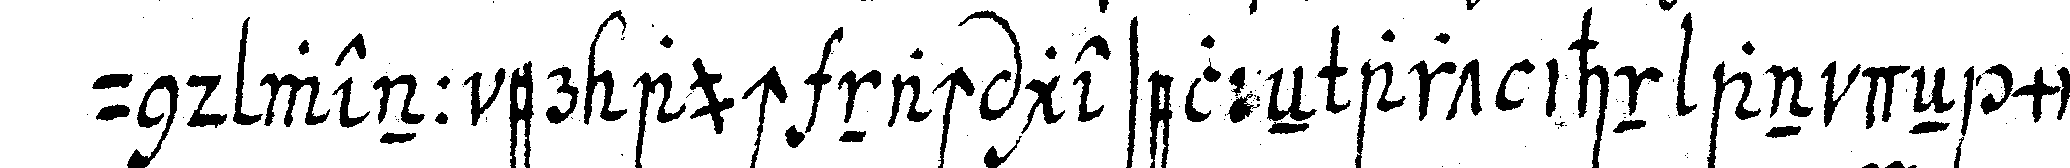
und wenn er auch nach geselleN art ihn an deN mitt